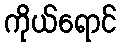
ကိုယ်ရောင်